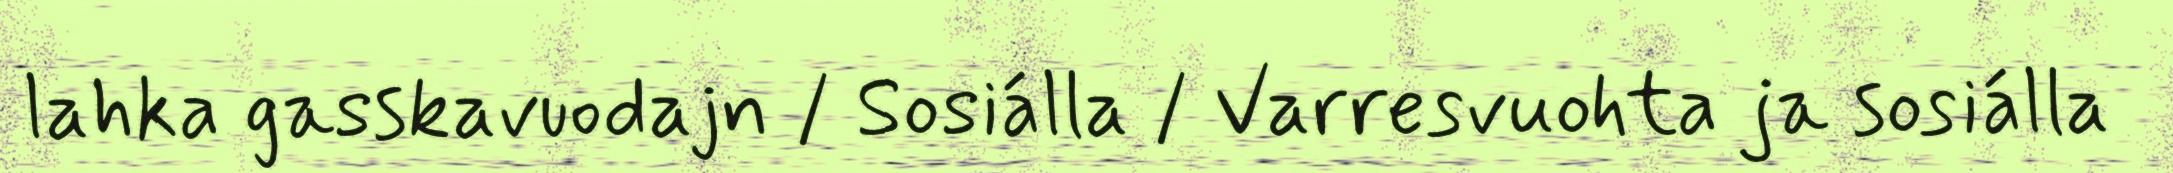
lahka gasskavuodajn / Sosiálla / Varresvuohta ja sosiálla